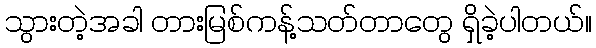
သွားတဲ့အခါ တားမြစ်ကန့်သတ်တာတွေ ရှိခဲ့ပါတယ်။